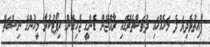
ފާއިތުވެދިޔަ ދެ މަހެއްހައި ދުވަސްތެރޭގައި ރާއްޖޭން ޑެންގީ ޖެހިގެން ރިޕޯޓުކުރާ މީހުންގެ ނިސްބަތް